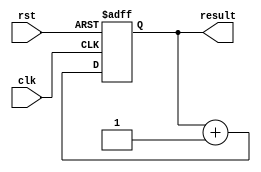
module for_loop_example (
    input wire clk,        // Clock signal
    input wire rst,        // Reset signal
    output reg [3:0] result // Output result
);

reg [3:0] counter; // Counter for loop iterations

always @(posedge clk or posedge rst) begin
    if (rst) begin
        counter <= 4'b0000; // Reset counter on reset signal
        result <= 4'b0000;  // Reset result
    end else begin
        // For loop block with 8 iterations
        for (counter = 0; counter < 8; counter = counter + 1) begin
            // Perform some operations for each iteration
            result <= result + 1; // Increment result by 1
        end
    end
end

endmodule